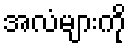
အလံများကို